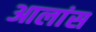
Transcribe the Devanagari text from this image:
आलांस